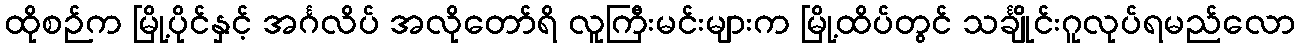
ထိုစဉ်က မြို့ပိုင်နှင့် အင်္ဂလိပ် အလိုတော်ရိ လူကြီးမင်းများက မြို့ထိပ်တွင် သင်္ချိုင်းဂူလုပ်ရမည်လော